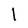
Character: l